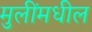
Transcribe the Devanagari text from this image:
मुलींमधील